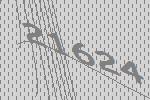
21624